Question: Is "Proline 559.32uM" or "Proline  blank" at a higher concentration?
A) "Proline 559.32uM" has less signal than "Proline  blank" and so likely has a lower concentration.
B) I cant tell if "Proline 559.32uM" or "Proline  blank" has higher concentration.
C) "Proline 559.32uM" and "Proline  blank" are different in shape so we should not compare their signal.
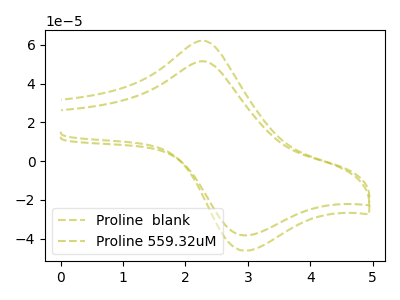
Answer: <think>The olive dashed curve "Proline  blank" has an anodic peak at (2.25V, 62.15uA) and a cathodic peak at (2.95V, -46.20uA). The olive dashed curve "Proline 559.32uM" has an anodic peak at (2.25V, 51.55uA) and a cathodic peak at (2.95V, -38.35uA).
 All the peaks in "Proline 559.32uM" have a peak in "Proline  blank" at the same potential. Every peak in "Proline 559.32uM" is lower than every peak in "Proline  blank".</think>
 <answer>A) "Proline 559.32uM" has less signal than "Proline  blank" and so likely has a lower concentration.</answer>
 <eval>A</eval>